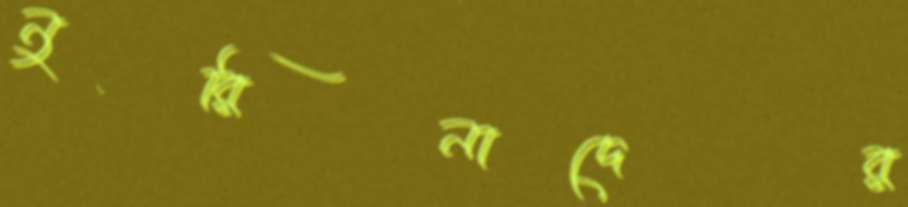
নুরিনাদের